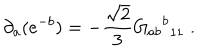
\partial _ { a } ( e ^ { - b } ) = - \frac { \sqrt { 2 } } { 3 } { { G _ { a b } } ^ { b } } _ { 1 1 } \; .